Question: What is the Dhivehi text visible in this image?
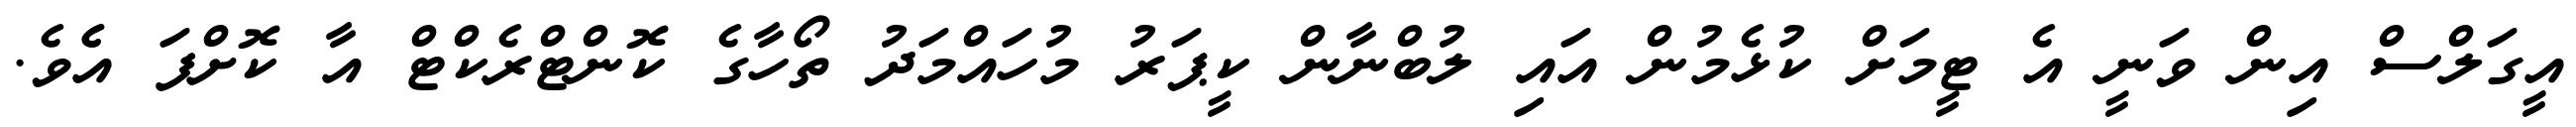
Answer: އީގަލްސް އިން ވަނީ އެ ޓީމަށް ކުޅެމުން އައި ލުބްނާން ކީޕަރު މުހައްމަދު ތޯހާގެ ކޮންޓްރެކްޓް އާ ކޮށްފަ އެެވެ.